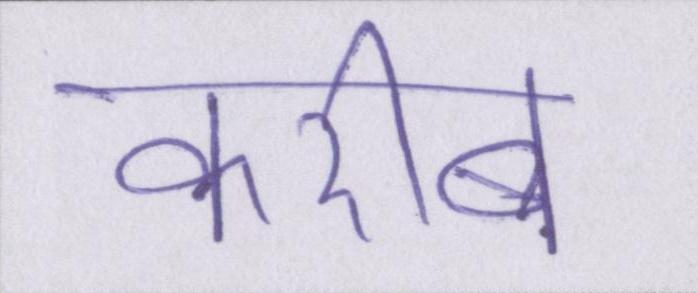
करीब